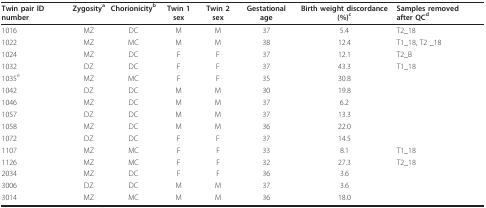
<table><thead><tr><td><b>Twin pair ID number</b></td><td><b>Zygosity<sup>a</sup></b></td><td><b>Chorionicity<sup>b</sup></b></td><td><b>Twin 1 sex</b></td><td><b>Twin 2 sex</b></td><td><b>Gestational age</b></td><td><b>Birth weight discordance (%)<sup>c</sup></b></td><td><b>Samples removed after QC<sup>d</sup></b></td></tr></thead><tbody><tr><td>1016</td><td>MZ</td><td>DC</td><td>M</td><td>M</td><td>37</td><td>5.4</td><td>T2_18</td></tr><tr><td>1022</td><td>MZ</td><td>MC</td><td>M</td><td>M</td><td>38</td><td>12.4</td><td>T1_18, T2 _18</td></tr><tr><td>1024</td><td>MZ</td><td>DC</td><td>F</td><td>F</td><td>37</td><td>12.1</td><td>T2_B</td></tr><tr><td>1032</td><td>DZ</td><td>DC</td><td>F</td><td>F</td><td>37</td><td>43.3</td><td>T1_18</td></tr><tr><td>1035<sup>e</sup></td><td>MZ</td><td>MC</td><td>F</td><td>F</td><td>35</td><td>30.8</td><td></td></tr><tr><td>1042</td><td>DZ</td><td>DC</td><td>M</td><td>M</td><td>30</td><td>19.8</td><td></td></tr><tr><td>1046</td><td>MZ</td><td>DC</td><td>M</td><td>M</td><td>37</td><td>6.2</td><td></td></tr><tr><td>1057</td><td>DZ</td><td>DC</td><td>M</td><td>M</td><td>37</td><td>13.3</td><td></td></tr><tr><td>1058</td><td>MZ</td><td>DC</td><td>M</td><td>M</td><td>36</td><td>22.0</td><td></td></tr><tr><td>1072</td><td>DZ</td><td>DC</td><td>F</td><td>F</td><td>37</td><td>14.5</td><td></td></tr><tr><td>1107</td><td>MZ</td><td>MC</td><td>F</td><td>F</td><td>33</td><td>8.1</td><td>T1_18</td></tr><tr><td>1126</td><td>MZ</td><td>MC</td><td>F</td><td>F</td><td>32</td><td>27.3</td><td>T2_18</td></tr><tr><td>2034</td><td>MZ</td><td>DC</td><td>F</td><td>F</td><td>36</td><td>3.6</td><td></td></tr><tr><td>3006</td><td>DZ</td><td>DC</td><td>M</td><td>M</td><td>37</td><td>3.6</td><td></td></tr><tr><td>3014</td><td>MZ</td><td>MC</td><td>M</td><td>M</td><td>36</td><td>18.0</td><td></td></tr></tbody></table>